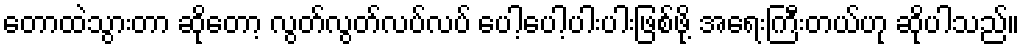
တောထဲသွားတာ ဆိုတော့ လွတ်လွတ်လပ်လပ် ပေါ့ပေါ့ပါးပါးဖြစ်ဖို့ အရေးကြီးတယ်ဟု ဆိုပါသည်။